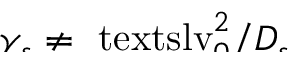
\smash { \gamma _ { s } \neq \ensuremath { \mathrm { \ t e x t s l { v } } _ { 0 } } ^ { 2 } / \ensuremath { D _ { s } } }